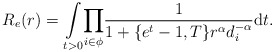
\begin{align*}R_e(r)= \underset{t>0}\int\underset{i \in \phi}\prod\frac{1}{1+\{e^t-1,T\}r^\alpha d_i^{-\alpha}}\mathrm{d}t .\end{align*}